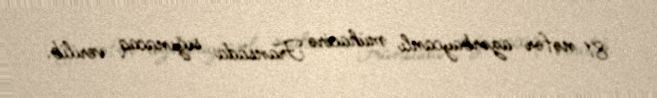
81 nəfər azərbaycanlı mühacirə Fransada sığınacaq verilib.